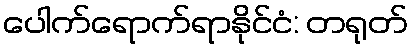
ပေါက်ရောက်ရာနိုင်ငံ: တရုတ်